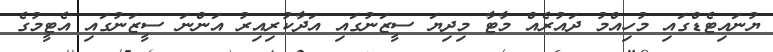
ޔުނައިޓެޑްގައި މުހިއްމު ދައުރެއް މާޓާ މިދިޔަ ސީޒަނުގައި އަދާކުރިއިރު އަންނަ ސީޒަނުގައި އެޓީމުގެ